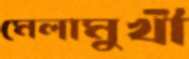
মেলামুখী